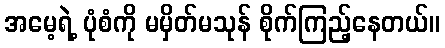
အမေ့ရဲ့ ပုံစံကို မမှိတ်မသုန် စိုက်ကြည့်နေတယ်။